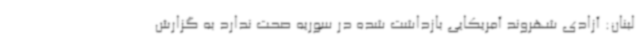
لبنان: آزادی شهروند آمریکایی بازداشت شده در سوریه صحت ندارد به گزارش